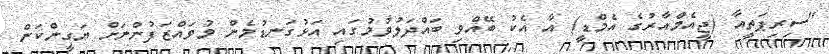
"ސިރިޕަތީއާ (ޖީއެމްއާރުގެ އެމްޑީ) އާ އެކު ބޭއްވި ބައްދަލުވުމުގައި އަޅުގަނޑުމެން މުވައްޒަފުންނަށް ޔަގީންކަން